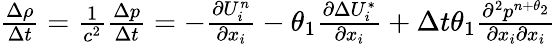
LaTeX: \begin{array}{r}{\frac{\Delta\rho}{\Delta t}=\frac{1}{{{c}^{2}}}\frac{\Delta p}{\Delta t}=-\frac{\partial U_{i}^{n}}{\partial{{x}_{i}}}-\theta_{1}\frac{\partial\Delta U_{i}^{*}}{\partial{{x}_{i}}}+\Delta t\theta_{1}\frac{{{\partial}^{2}}{{p}^{n+{{\theta}_{2}}}}}{\partial{{x}_{i}}\partial{{x}_{i}}}}\end{array}